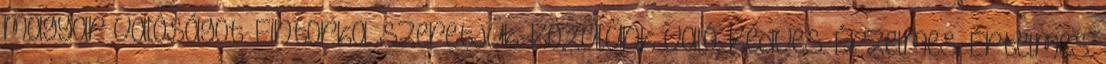
magyar valóságot. Fintorka. Szeretjük. Közülünk való. Kedves. Érzelmes. Értelmes.